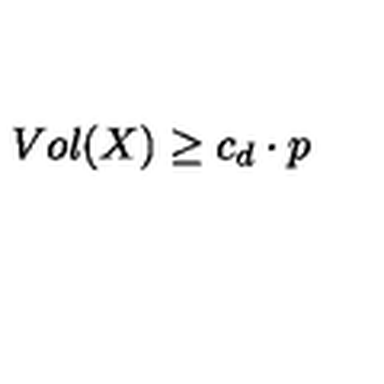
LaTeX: V o l ( X ) \geq c _ { d } \cdot p